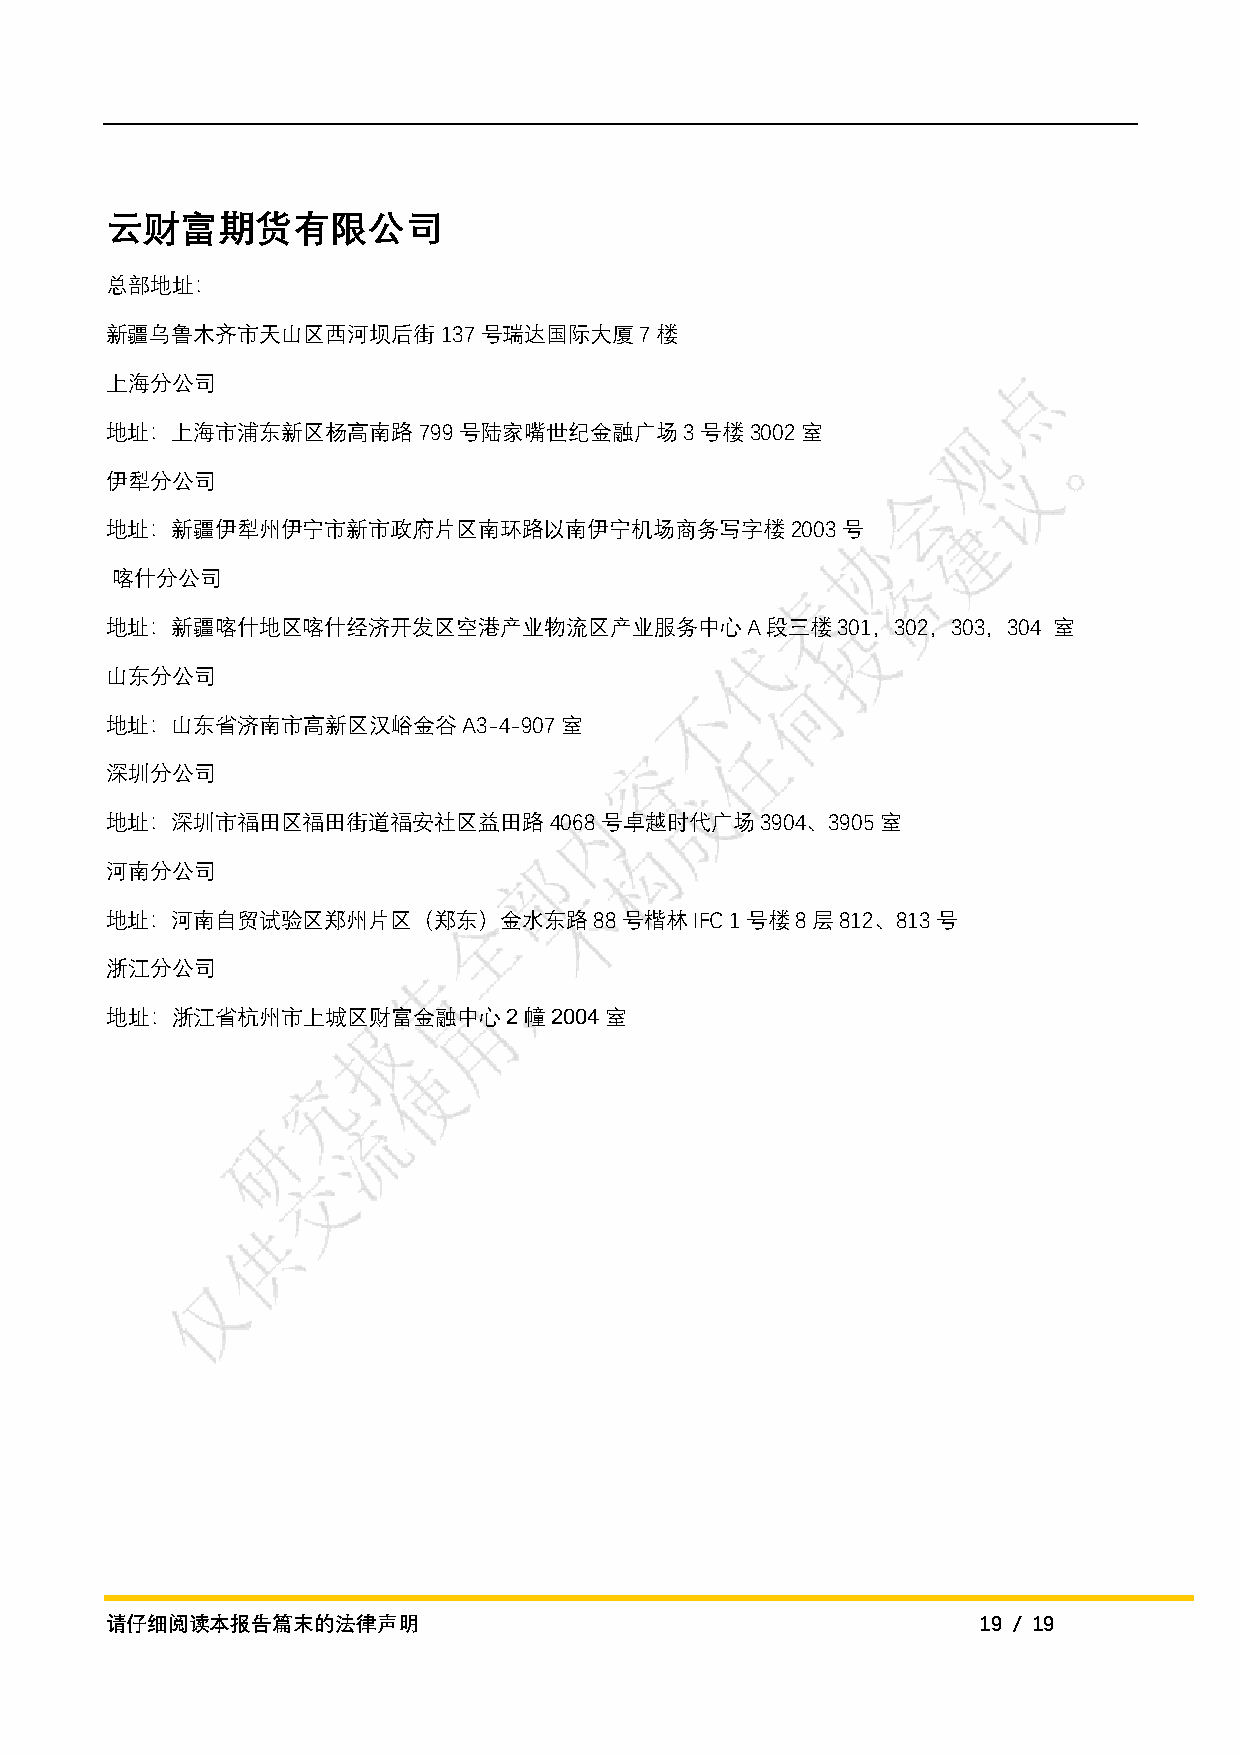
云财富期货有限公司
 总部地址：
 新疆乌鲁木齐市天山区西河坝后街137号瑞达国际大厦7楼
 上海分公司
 地址：上海市浦东新区杨高南路799号陆家嘴世纪金融广场3号楼3002室
 伊犁分公司
 地址：新疆伊犁州伊宁市新市政府片区南环路以南伊宁机场商务写字楼2003号
 喀什分公司
 地址：新疆喀什地区喀什经济开发区空港产业物流区产业服务中心A段三楼301，302，303，304               室
 山东分公司
 地址：山东省济南市高新区汉峪金谷A3-4-907室
 深圳分公司
 地址：深圳市福田区福田街道福安社区益田路4068号卓越时代广场3904、3905室
 河南分公司
 地址：河南自贸试验区郑州片区（郑东）金水东路88号楷林IFC           1号楼8层812、813号
 浙江分公司
 地址：浙江省杭州市上城区财富金融中心2幢2004室
 请仔细阅读本报告篇末的法律声明                                           19 / 19